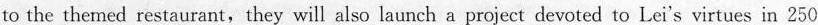
to the themed restaurant,they will also launch a project devoted to Lei's virtues in 250